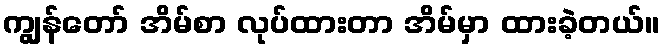
ကျွန်တော် အိမ်စာ လုပ်ထားတာ အိမ်မှာ ထားခဲ့တယ်။